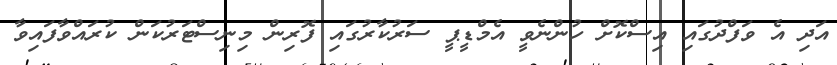
އަދި އެ ވަފްދުގައި އިސްކޮށް ހުންނެވީ އެމްޑީޕީ ސަރުކާރުގައި ފޮރިން މިނިސްޓަރުކަން ކުރައްވާފައިވާ